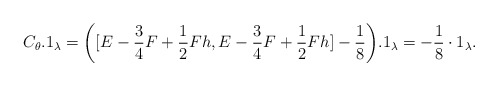
\begin{align*}C_\theta.1_{\lambda}=\bigg([E-\frac{3}{4}F+\frac{1}{2}Fh,E-\frac{3}{4}F+\frac{1}{2}Fh]-\frac{1}{8}\bigg).1_{\lambda}=-\frac{1}{8}\cdot1_{\lambda}.\end{align*}